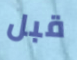
قبل